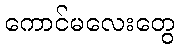
ကောင်မလေးတွေ